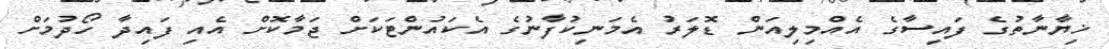
ޚިޔާނާތުގެ ފައިސާގެ އެއްމިލިއަން ޑޮލަރު އެމަނިކުފާނުގެ އެކައުންޓަކަށް ޖަމާކޮށް އެއި ފައިދާ ހޯދުމަށް